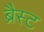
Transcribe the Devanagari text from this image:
ब्रैस्ट